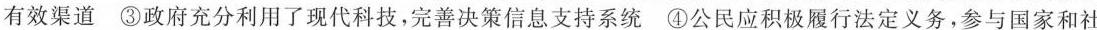
有效渠道③政府充分利用了现代科技，完善决策信息支持系统④公民应积极履行法定义务，参与国家和社